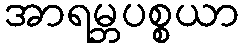
အာရမ္ဘပစ္စယာ